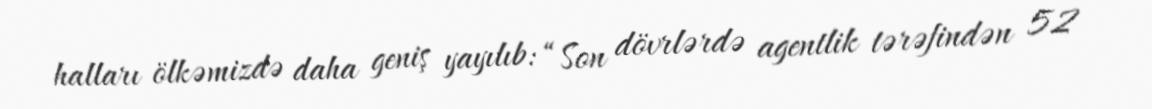
halları ölkəmizdə daha geniş yayılıb: “Son dövrlərdə agentlik tərəfindən 52